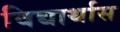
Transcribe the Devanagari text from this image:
विद्यार्थास